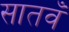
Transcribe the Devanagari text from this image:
सातवँ